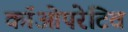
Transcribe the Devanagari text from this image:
कॉओपरेटिव